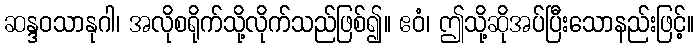
ဆန္ဒဝသာနုဂါ၊ အလိုစရိုက်သို့လိုက်သည်ဖြစ်၍။ ဧဝံ၊ ဤသို့ဆိုအပ်ပြီးသောနည်းဖြင့်။